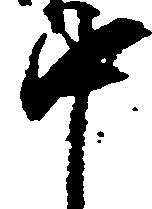
中